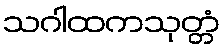
သဂါထကသုတ္တံ